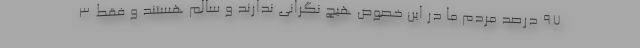
۹۷ درصد مردم ما در این خصوص هیچ نگرانی ندارند و سالم هستند و فقط ۳